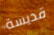
قديسة